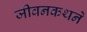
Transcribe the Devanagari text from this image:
जीवनकथने